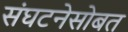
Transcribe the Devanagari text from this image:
संघटनेसोबत